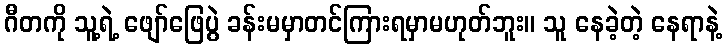
ဂီတကို သူ့ရဲ့ ဖျော်ဖြေပွဲ ခန်းမမှာတင်ကြားရမှာမဟုတ်ဘူး။ သူ နေခဲ့တဲ့ နေရာနဲ့